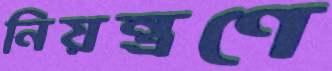
নিয়ন্ত্রণে